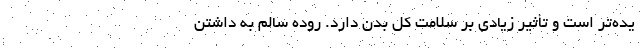
یده‌تر است و تأثیر زیادی بر سلامت کل بدن دارد. روده سالم به داشتن